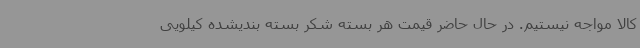
کالا مواجه نیستیم. در حال حاضر قیمت هر بسته شکر بسته بندیشده کیلویی